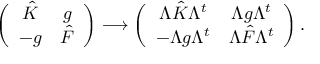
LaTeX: \left( \begin{array} { c c } { { \hat { K } } } & { { g } } \\ { { - g } } & { { \hat { F } } } \end{array} \right) \longrightarrow \left( \begin{array} { c c } { { \Lambda \hat { K } \Lambda ^ { t } } } & { { \Lambda g \Lambda ^ { t } } } \\ { { - \Lambda g \Lambda ^ { t } } } & { { \Lambda \hat { F } \Lambda ^ { t } } } \end{array} \right) .